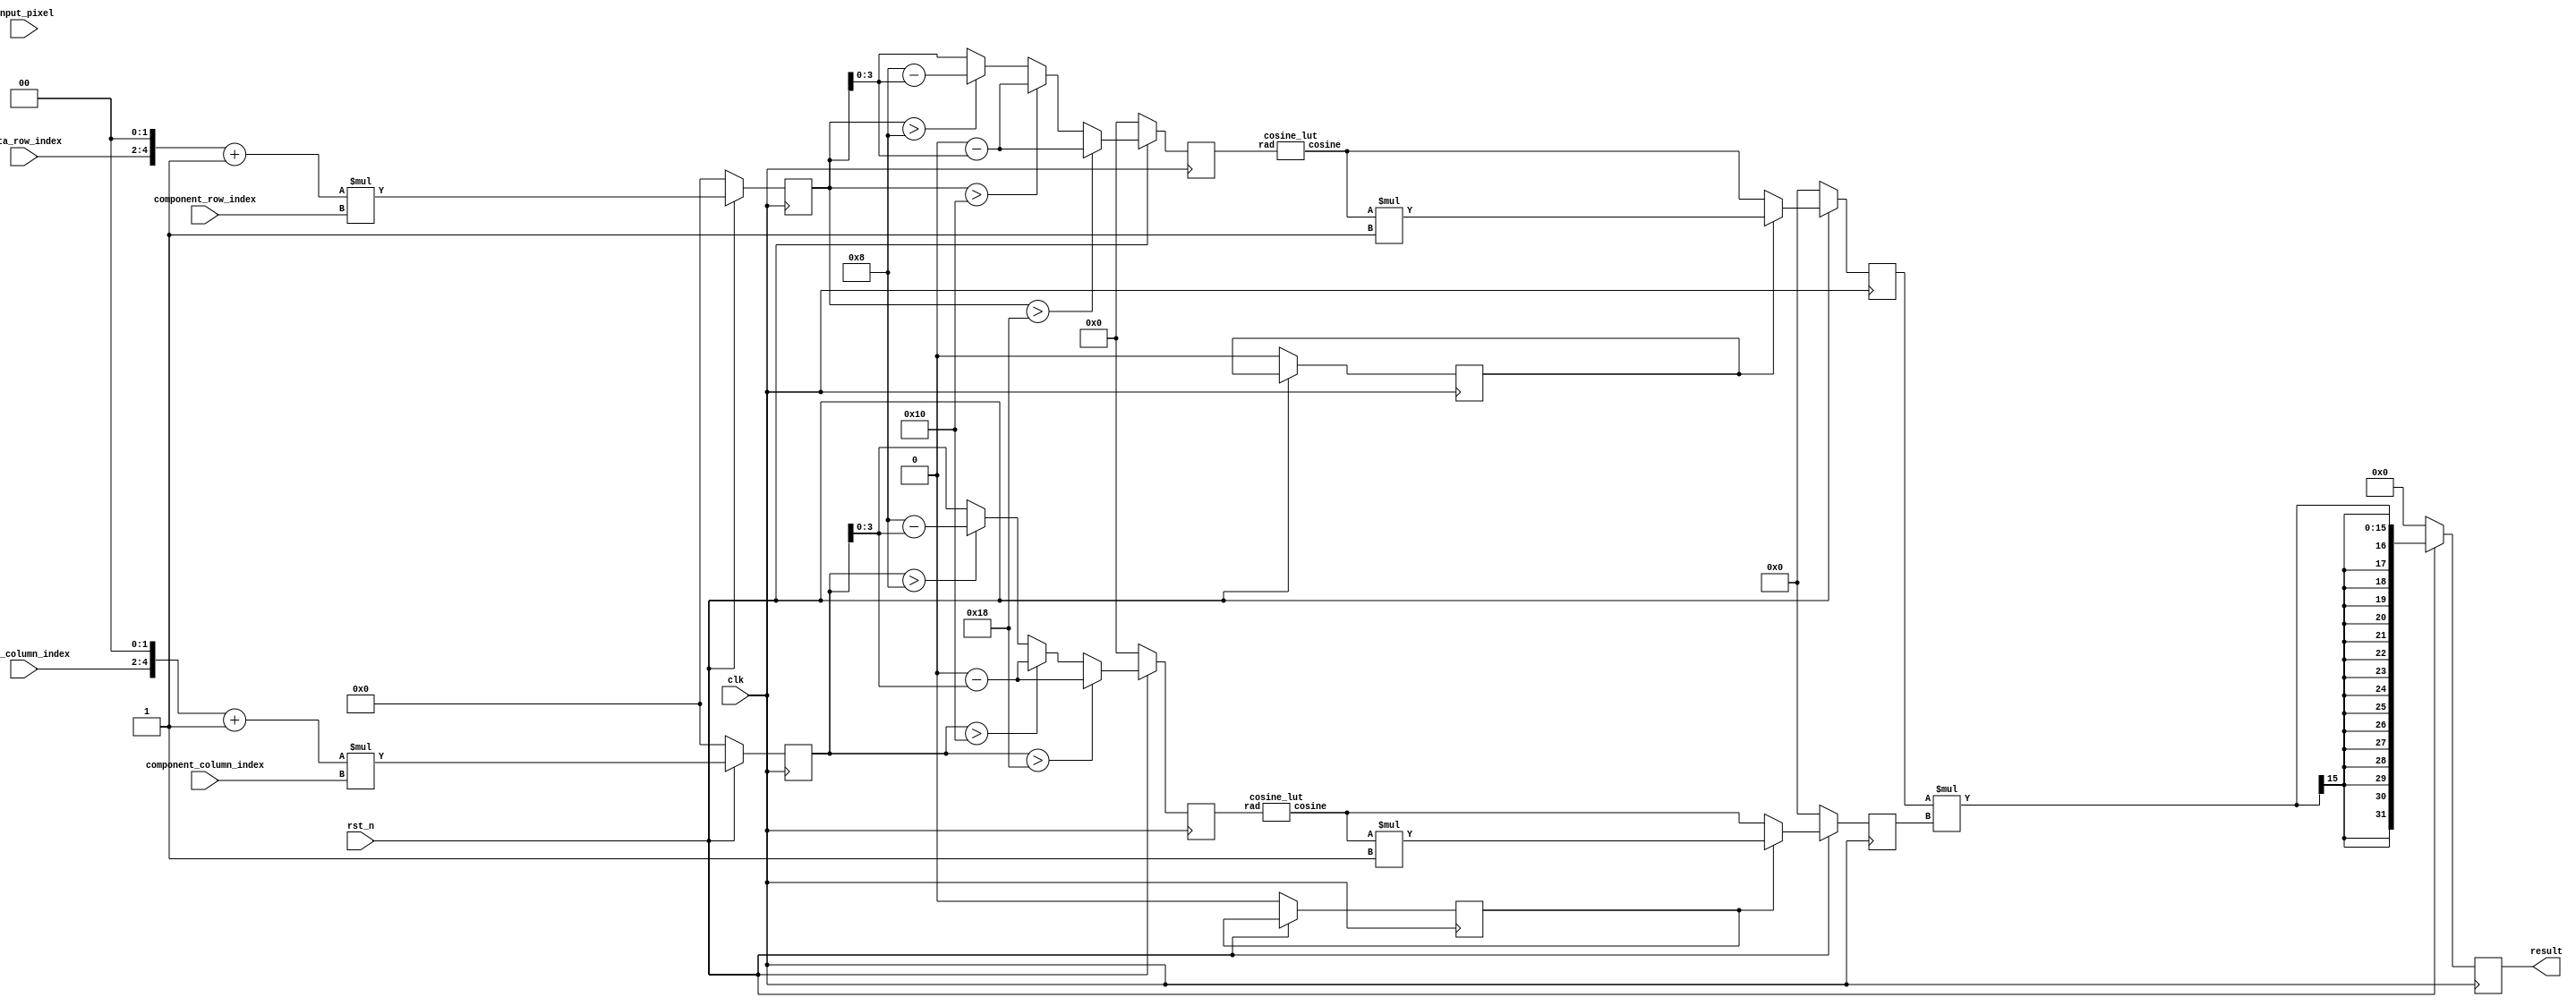
module mjpeg_pipeline(
    input clk,
    input rst_n,
    input [2:0] component_row_index,
    input [2:0] component_column_index,
    input [2:0] data_row_index,
    input [2:0] data_column_index,
    input [7:0] input_pixel,
    output reg signed [31:0] result
);
// pipeline buffer for stage rad_cal/rad_proc
reg [7:0] input_pixel_rad_cal_proc;
reg [6:0] cosine_rad_row, next_cosine_rad_row;
reg [6:0] cosine_rad_column, next_cosine_rad_column;
// pipeline buffer for stage rad_proc/cosine
reg [7:0] input_pixel_rad_proc_cosine;
reg [3:0] proc_cosine_rad_row, next_proc_cosine_rad_row;
reg [3:0] proc_cosine_rad_column, next_proc_cosine_rad_column;
reg invert_row, invert_column;
reg next_invert_row, next_invert_column;
// pipeline buffer for stage cosine/result
reg [7:0] input_pixel_cosine_result;
reg signed [7:0] cosine_row, cosine_column;
reg signed [7:0] next_cosine_row, next_cosine_column;
wire signed [7:0] cosine_lookup_row, cosine_lookup_column;
reg signed [31:0] next_result;
// cosine lookup table for row
cosine_lut cos_lut_row(
    .rad(proc_cosine_rad_row),
    .cosine(cosine_lookup_row)
);
// cosine lookup table for column
cosine_lut cos_lut_column(
    .rad(proc_cosine_rad_column),
    .cosine(cosine_lookup_column)
);
always@(posedge clk) begin
    // reset all buffer on reset
    if (!rst_n) begin
        input_pixel_rad_cal_proc <= 8'd0;
        input_pixel_rad_proc_cosine <= 8'd0;
        input_pixel_cosine_result <= 8'd0;
        cosine_rad_row <= 7'd0;
        cosine_rad_column <= 7'd0;
        proc_cosine_rad_row <= 4'd0;
        proc_cosine_rad_column <= 4'd0;
        cosine_row <= 8'd0;
        cosine_column <= 8'd0;
        result <= 32'd0;
        invert_row <= 1'd0;
        invert_column <= 1'd0;
    end
    else begin
        input_pixel_rad_cal_proc <= input_pixel;
        input_pixel_rad_proc_cosine <= input_pixel_rad_cal_proc;
        input_pixel_cosine_result <= input_pixel_rad_proc_cosine;
        cosine_rad_row <= next_cosine_rad_row;
        cosine_rad_column <= next_cosine_rad_column;
        proc_cosine_rad_row <= next_proc_cosine_rad_row;
        proc_cosine_rad_column <= next_proc_cosine_rad_column;
        cosine_row <= next_cosine_row;
        cosine_column <= next_cosine_column;
        result <= next_result;
    end
end

always@(*) begin
    // stage rad_cal
    next_cosine_rad_row = ((data_row_index << 2) + 1) * component_row_index;
    next_cosine_rad_column = ((data_column_index << 2) + 1) * component_column_index;
    // stage rad_proc
    // row
    if (cosine_rad_row[4:0] > 24) begin
        next_proc_cosine_rad_row = 6'd32 - cosine_rad_row[4:0];
        next_invert_row = 1'd0;
    end
    else if (cosine_rad_row[4:0] > 16) begin
        next_proc_cosine_rad_row = 6'd16 - cosine_rad_row[4:0];
        next_invert_row = 1'd1;
    end
    else if (cosine_rad_row[4:0] > 8) begin
        next_proc_cosine_rad_row = 6'd8 - cosine_rad_row[4:0];
        next_invert_row = 1'd1;
    end
    else begin
        next_proc_cosine_rad_row = cosine_rad_row[4:0];
        next_invert_row = 1'd0;
    end
    // column
    if (cosine_rad_column[4:0] > 24) begin
        next_proc_cosine_rad_column = 6'd32 - cosine_rad_column[4:0];
        next_invert_column = 1'd0;
    end
    else if (cosine_rad_column[4:0] > 16) begin
        next_proc_cosine_rad_column = 6'd16 - cosine_rad_column[4:0];
        next_invert_column = 1'd1;
    end
    else if (cosine_rad_column[4:0] > 8) begin
        next_proc_cosine_rad_column = 6'd8 - cosine_rad_column[4:0];
        next_invert_column = 1'd1;
    end
    else begin
        next_proc_cosine_rad_column = cosine_rad_column[4:0];
        next_invert_column = 1'd0;
    end
    // stage cosine
    next_cosine_row = (invert_row)? cosine_lookup_row * -1: cosine_lookup_row;
    next_cosine_column = (invert_column)? cosine_lookup_column * -1: cosine_lookup_column;
    // stage result
    next_result = cosine_row * cosine_column;
end

endmodule


module cosine_lut(
    input [3:0] rad,
    output reg [7:0] cosine
);

always@(*) begin
    case(rad)
        4'd0: cosine = 8'd100;
        4'd1: cosine = 8'd98;
        4'd2: cosine = 8'd92;
        4'd3: cosine = 8'd83;
        4'd4: cosine = 8'd71;
        4'd5: cosine = 8'd56;
        4'd6: cosine = 8'd38;
        4'd7: cosine = 8'd20;
        4'd8: cosine = 8'd0;
    endcase
end


endmodule